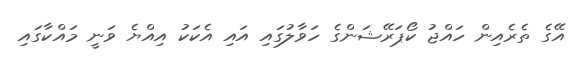
އޭގެ ތެރެއިން ހައްޖު ކޯޕަރޭޝަންގެ ހަވާލުގައި އައި އެކަކު އިއްޔެ ވަނީ މައްކާގައި